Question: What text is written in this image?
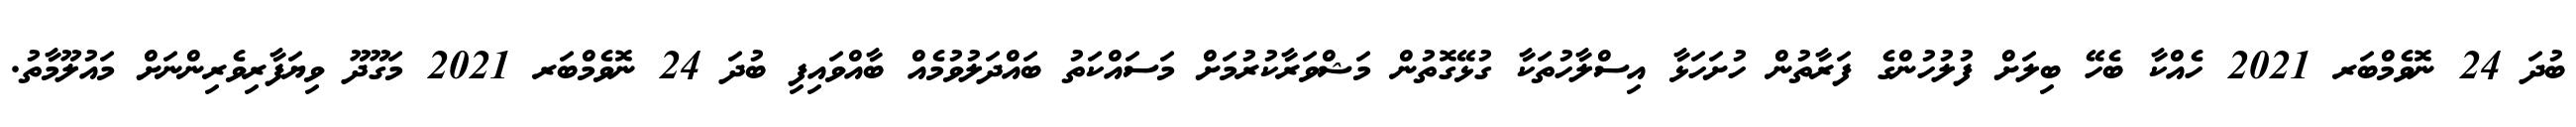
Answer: ބުދަ 24 ނޮވެމްބަރ 2021 ހެއްކާ ބެހޭ ބިލަށް ފުލުހުންގެ ފަރާތުން ހުށަހަޅާ އިސްލާހުތަކާ ގުޅޭގޮތުން މަޝްވަރާކުރުމަށް މަސައްކަތު ބައްދަލުވުމެއް ބާއްވައިފި ބުދަ 24 ނޮވެމްބަރ 2021 މަގޫދޫ ވިޔަފާރިވެރިންނަށް މައުލޫމާތު.